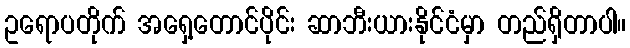
ဥရောပတိုက် အရှေ့တောင်ပိုင်း ဆာဘီးယားနိုင်ငံမှာ တည်ရှိတာပါ။